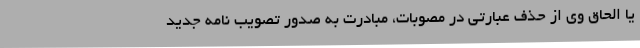
یا الحاق وی از حذف عبارتی در مصوبات، مبادرت به صدور تصویب نامه جدید